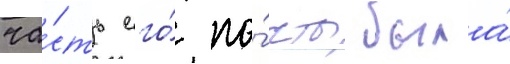
ча́сть его́ по́чты была́